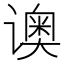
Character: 𬤡